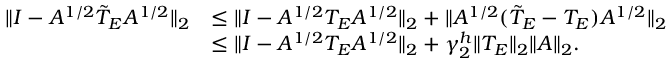
\begin{array} { r l } { \lVert I - A ^ { 1 / 2 } \Tilde { T } _ { E } A ^ { 1 / 2 } \rVert _ { 2 } } & { \leq \lVert I - A ^ { 1 / 2 } T _ { E } A ^ { 1 / 2 } \rVert _ { 2 } + \lVert A ^ { 1 / 2 } ( \Tilde { T } _ { E } - T _ { E } ) A ^ { 1 / 2 } \rVert _ { 2 } } \\ & { \leq \lVert I - A ^ { 1 / 2 } T _ { E } A ^ { 1 / 2 } \rVert _ { 2 } + \gamma _ { 2 } ^ { h } \lVert T _ { E } \rVert _ { 2 } \lVert A \rVert _ { 2 } . } \end{array}